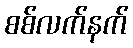
စစ်လက်နက်